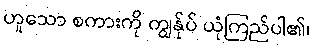
ဟူသော စကားကို ကျွန်ုပ် ယုံကြည်ပါ၏၊